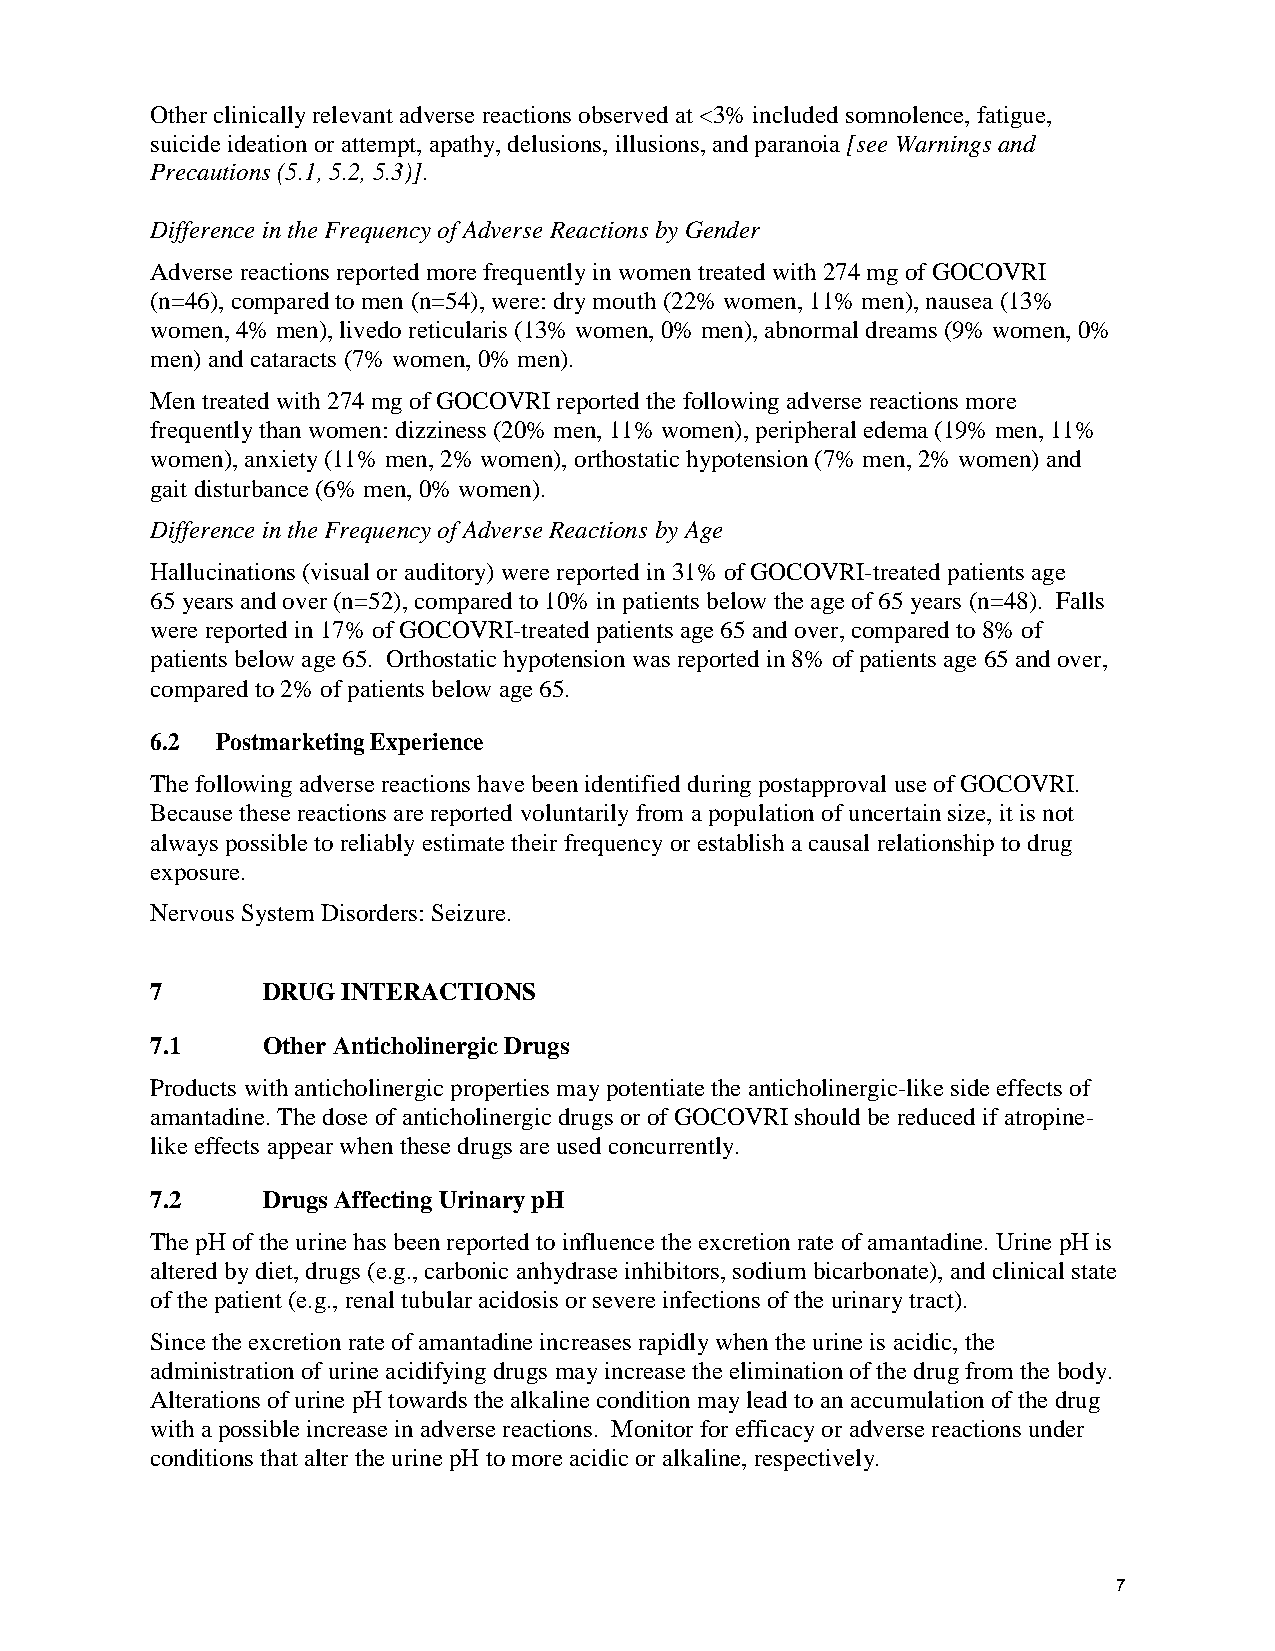
Other clinically relevant adverse reactions observed at <3% included somnolence, fatigue,
 suicide ideation or attempt, apathy, delusions, illusions, and paranoia [see Warnings and
 Precautions (5.1, 5.2, 5.3)].
 Difference in the Frequency of Adverse Reactions by Gender
 Adverse reactions reported more frequently in women treated with 274 mg of GOCOVRI
 (n=46), compared to men (n=54), were: dry mouth (22% women, 11% men), nausea (13%
 women, 4% men), livedo reticularis (13% women, 0% men), abnormal dreams (9% women, 0%
 men) and cataracts (7% women, 0% men).
 Men treated with 274 mg of GOCOVRI reported the following adverse reactions more
 frequently than women: dizziness (20% men, 11% women), peripheral edema (19% men, 11%
 women), anxiety (11% men, 2% women), orthostatic hypotension (7% men, 2% women) and
 gait disturbance (6% men, 0% women).
 Difference in the Frequency of Adverse Reactions by Age
 Hallucinations (visual or auditory) were reported in 31% of GOCOVRI-treated patients age
 65 years and over (n=52), compared to 10% in patients below the age of 65 years (n=48). Falls
 were reported in 17% of GOCOVRI-treated patients age 65 and over, compared to 8% of
 patients below age 65. Orthostatic hypotension was reported in 8% of patients age 65 and over,
 compared to 2% of patients below age 65.
 6.2 Postmarketing Experience
 The following adverse reactions have been identified during postapproval use of GOCOVRI.
 Because these reactions are reported voluntarily from a population of uncertain size, it is not
 always possible to reliably estimate their frequency or establish a causal relationship to drug
 exposure.
 Nervous System Disorders: Seizure.
 7      DRUG  INTERACTIONS
 7.1    Other Anticholinergic Drugs
 Products with anticholinergic properties may potentiate the anticholinergic-like side effects of
 amantadine. The dose of anticholinergic drugs or of GOCOVRI should be reduced if atropine-
 like effects appear when these drugs are used concurrently.
 7.2    Drugs Affecting Urinary pH
 The pH of the urine has been reported to influence the excretion rate of amantadine. Urine pH is
 altered by diet, drugs (e.g., carbonic anhydrase inhibitors, sodium bicarbonate), and clinical state
 of the patient (e.g., renal tubular acidosis or severe infections of the urinary tract).
 Since the excretion rate of amantadine increases rapidly when the urine is acidic, the
 administration of urine acidifying drugs may increase the elimination of the drug from the body.
 Alterations of urine pH towards the alkaline condition may lead to an accumulation of the drug
 with a possible increase in adverse reactions. Monitor for efficacy or adverse reactions under
 conditions that alter the urine pH to more acidic or alkaline, respectively.
 7